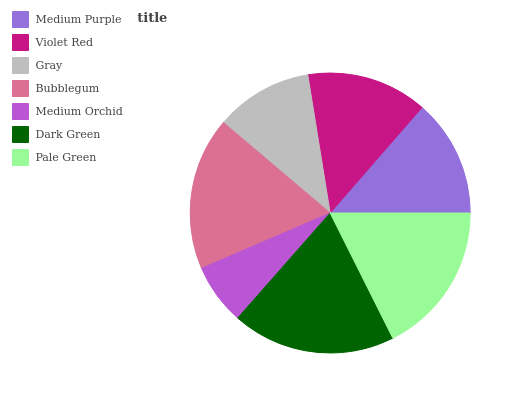
| Medium Purple | Violet Red | Gray | Bubblegum | Medium Orchid | Dark Green | Pale Green |
 | --- | --- | --- | --- | --- | --- | --- |
 | 13.6% | 13.9% | 11.2% | 17.6% | 7.04% | 18.9% | 17.6% |